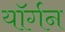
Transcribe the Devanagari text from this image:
यॉर्गन